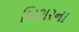
બિશરના